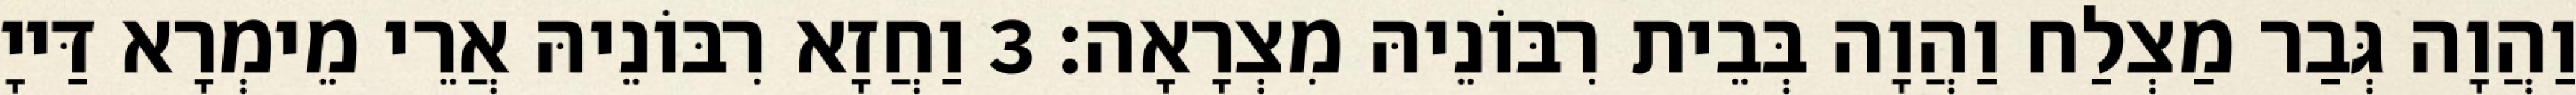
וַהֲוָה גְּבַר מַצְלַח וַהֲוָה בְּבֵית רִבּוֹנֵיהּ מִצְרָאָה׃ 3 וַחֲזָא רִבּוֹנֵיהּ אֲרֵי מֵימְרָא דַּייָ